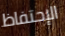
الإحتفاظ